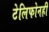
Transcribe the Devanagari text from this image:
टेलिफोनही